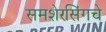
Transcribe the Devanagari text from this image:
समशेरसिंगचे